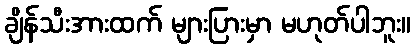
ချိန်သီးအားထက် များပြားမှာ မဟုတ်ပါဘူး။